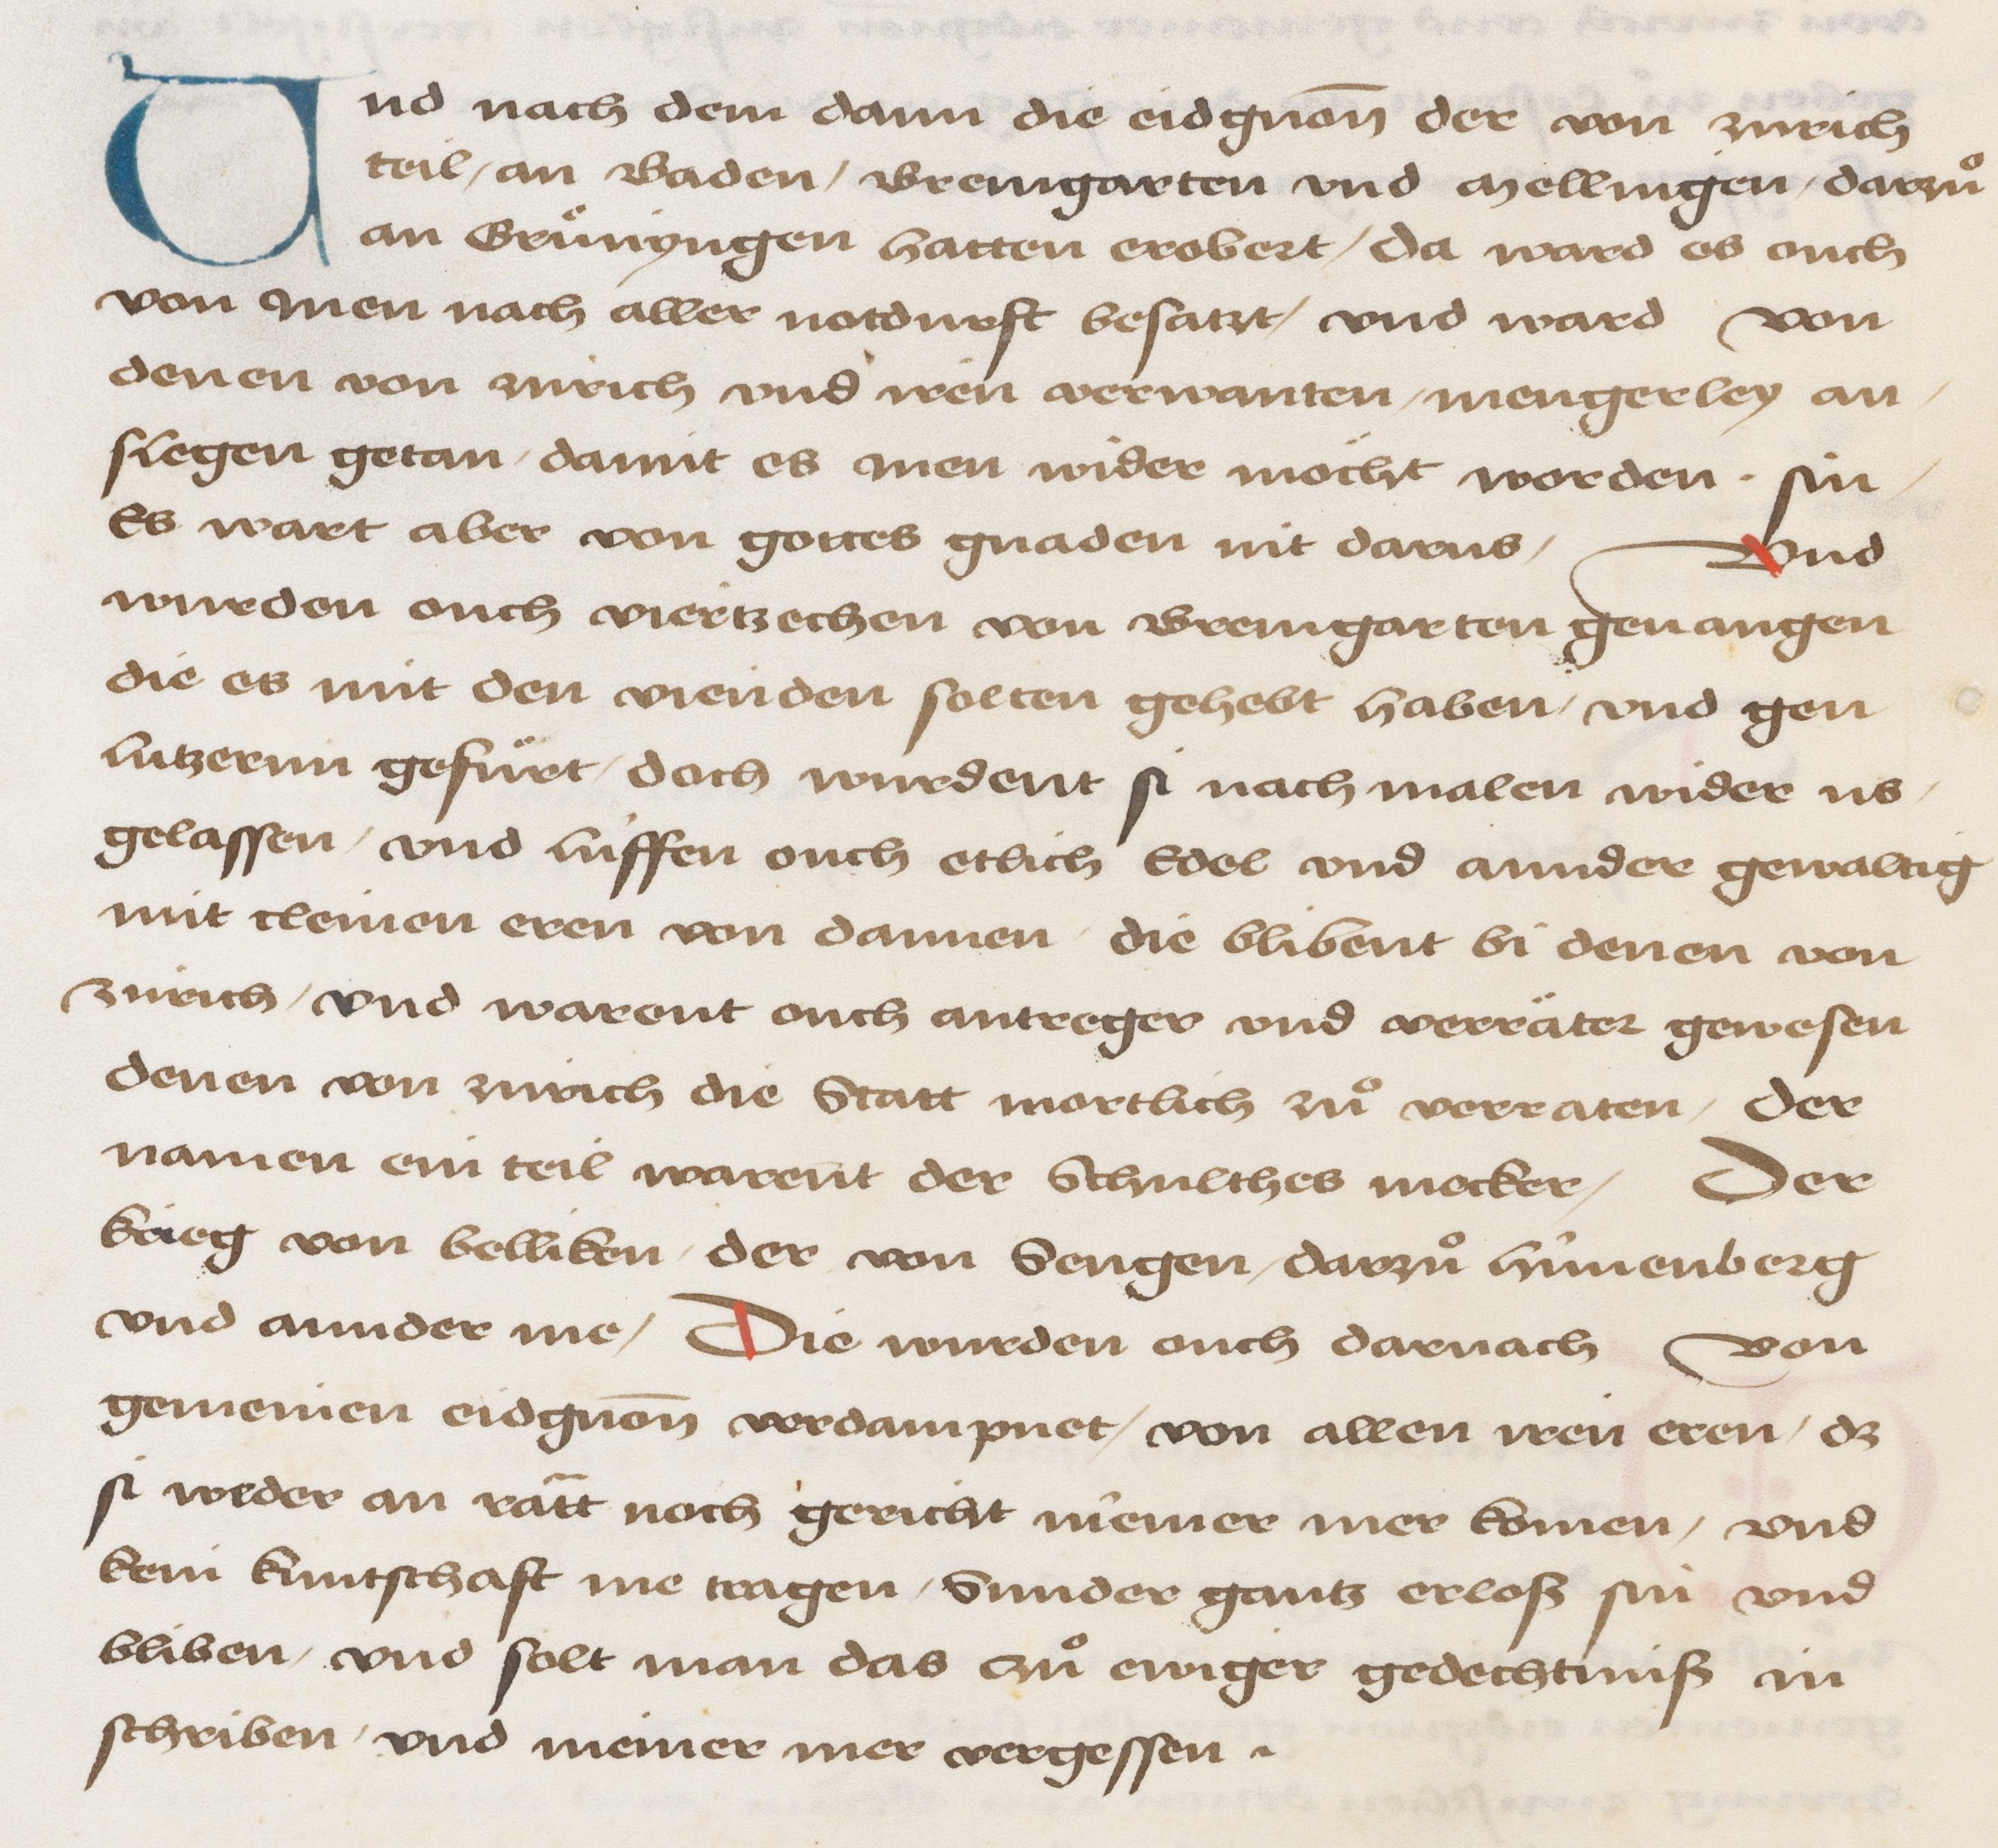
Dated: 1478–1483